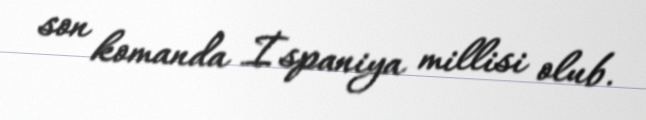
son komanda İspaniya millisi olub.